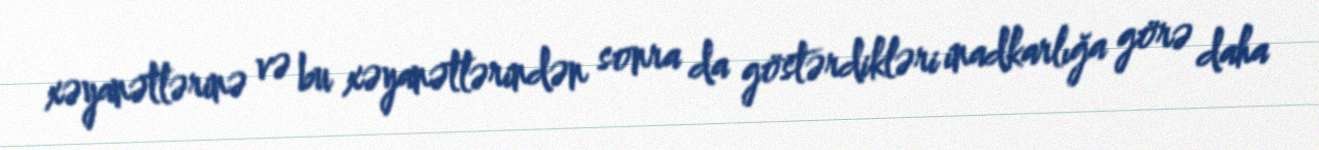
xəyanətlərinə və bu xəyanətlərindən sonra da göstərdikləri inadkarlığa görə daha